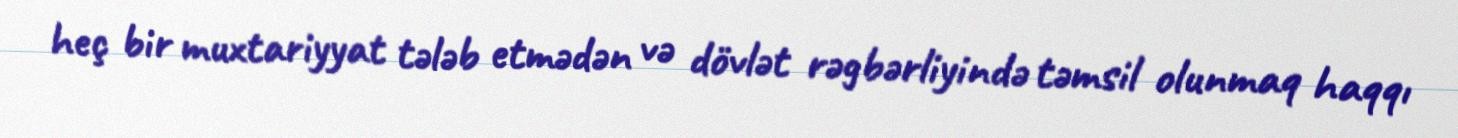
heç bir muxtariyyat tələb etmədən və dövlət rəgbərliyində təmsil olunmaq haqqı